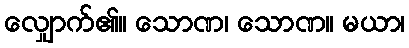
လျှောက်၏။ သောဏ၊ သောဏ။ မယာ၊